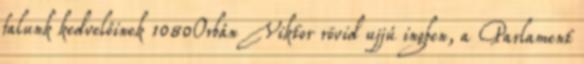
falunk kedvelőinek 1080Orbán Viktor rövid ujjú ingben, a Parlament